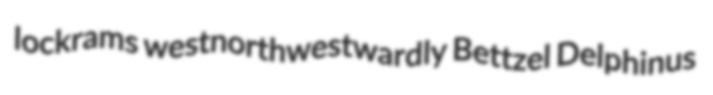
lockrams westnorthwestwardly Bettzel Delphinus